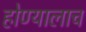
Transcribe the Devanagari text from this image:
होण्यालाच